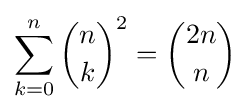
\sum _{k=0}^{n}{\binom {n}{k}}^{2}={\binom {2n}{n}}